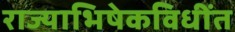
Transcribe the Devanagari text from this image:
राज्याभिषेकविधींत